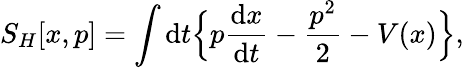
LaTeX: S_{H}[x,p]=\int\mathrm{d}t\Big\{ p\frac{{\mathrm{d}x}}{{\mathrm{d}t}}-\frac{{p^{2}}}{{2}}-V(x)\Big\} ,